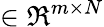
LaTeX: \in\Re^{m\times N}